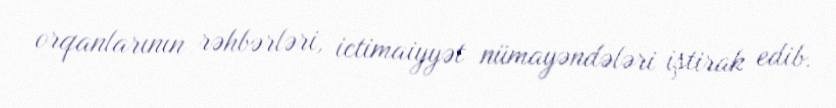
orqanlarının rəhbərləri, ictimaiyyət nümayəndələri iştirak edib.